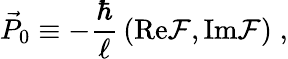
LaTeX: {\vec{P}_{0}}\equiv-\frac{\hbar}{\ell}\, \left(\mathrm{Re}{\cal F},\mathrm{Im}{\cal F}\right)\; ,